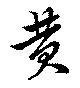
黄